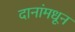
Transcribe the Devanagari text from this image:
दानांमधून